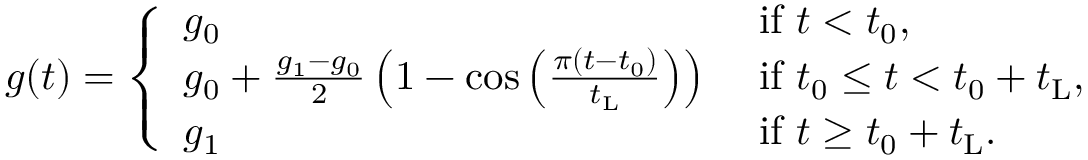
g ( t ) = \left\{ \begin{array} { l l } { g _ { \mathrm { 0 } } } & { \mathrm { ~ i f ~ } t < t _ { \mathrm { 0 } } , } \\ { g _ { \mathrm { 0 } } + \frac { g _ { \mathrm { 1 } } - g _ { \mathrm { 0 } } } { 2 } \left( 1 - \cos \left( \frac { \pi ( t - t _ { \mathrm { 0 } } ) } { t _ { \mathrm { L } } } \right) \right) } & { \mathrm { ~ i f ~ } t _ { \mathrm { 0 } } \leq t < t _ { \mathrm { 0 } } + t _ { \mathrm { L } } , } \\ { g _ { \mathrm { 1 } } } & { \mathrm { ~ i f ~ } t \geq t _ { \mathrm { 0 } } + t _ { \mathrm { L } } . } \end{array} \right.